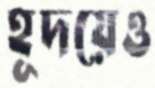
হূদয়েও